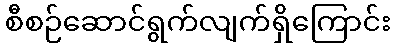
စီစဉ်ဆောင်ရွက်လျက်ရှိကြောင်း